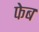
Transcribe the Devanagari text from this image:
फेब